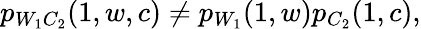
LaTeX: \begin{array}{r}{p_{W_{1}C_{2}}(1,w,c)\neq p_{W_{1}}(1,w)p_{C_{2}}(1,c),}\end{array}